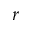
r